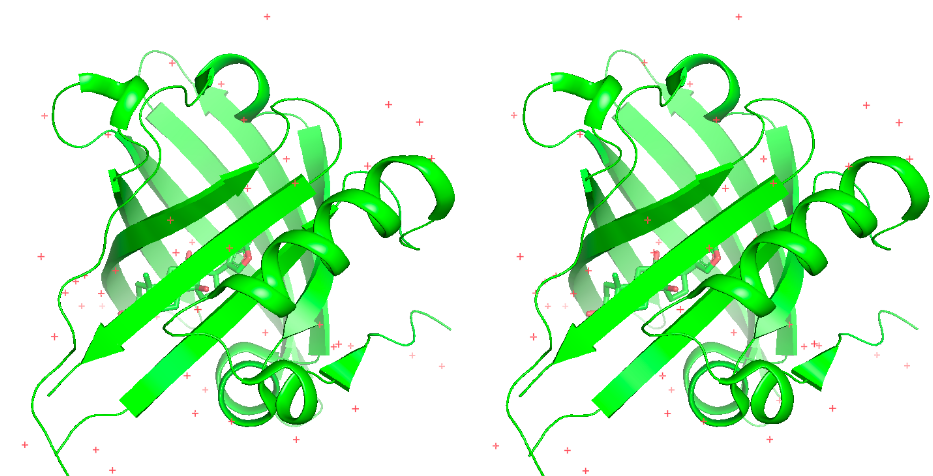
pymol, stereo, crosseye, cartoon